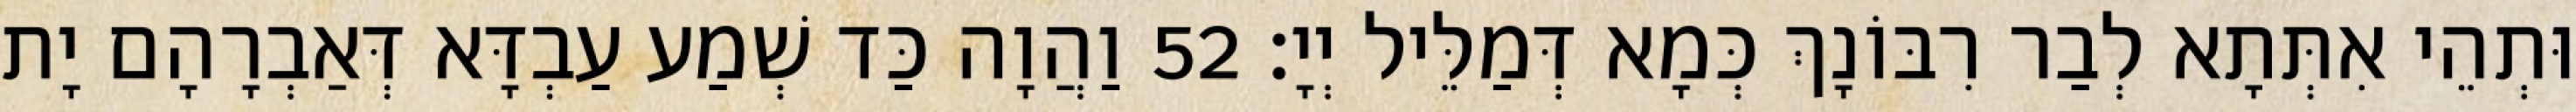
וּתְהֵי אִתְּתָא לְבַר רִבּוֹנָךְ כְּמָא דְּמַלֵּיל יְיָ׃ 52 וַהֲוָה כַּד שְׁמַע עַבְדָּא דְּאַבְרָהָם יָת